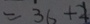
= 3 6 + 2